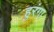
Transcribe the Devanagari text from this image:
हुरंगा